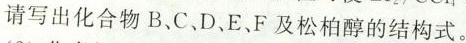
请写出化合物B、C、D、E、F及松柏醇的结构式。